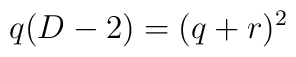
q(D-2)=(q+r)^{2}